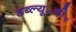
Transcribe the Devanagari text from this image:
डब्ल्यू॰बी॰